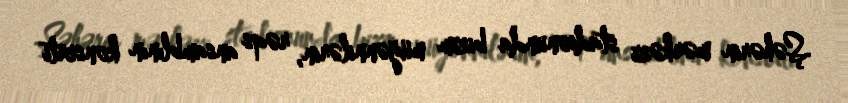
Şəhərin mərkəzi stadionunda bizim müğənnilərin, rəqs ansamblının konserti